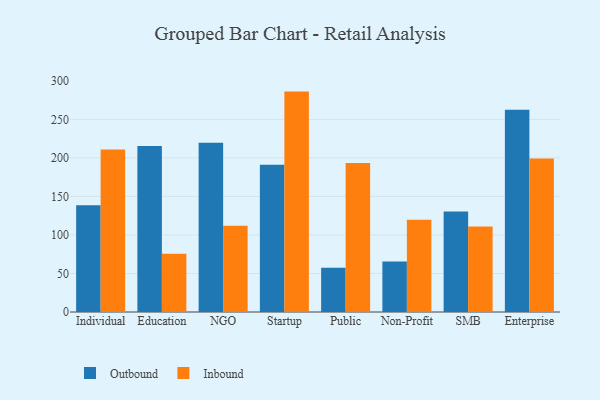
{"axis": {"x": "Segment", "y": "Humidity (%)"}, "legend": ["Inbound", "Outbound"], "data": [{"x": "Individual", "y": 138.5, "type": "Outbound"}, {"x": "Individual", "y": 210.9, "type": "Inbound"}, {"x": "Education", "y": 215.4, "type": "Outbound"}, {"x": "Education", "y": 75.6, "type": "Inbound"}, {"x": "NGO", "y": 219.6, "type": "Outbound"}, {"x": "NGO", "y": 111.9, "type": "Inbound"}, {"x": "Startup", "y": 191.3, "type": "Outbound"}, {"x": "Startup", "y": 286.1, "type": "Inbound"}, {"x": "Public", "y": 57.6, "type": "Outbound"}, {"x": "Public", "y": 193.3, "type": "Inbound"}, {"x": "Non-Profit", "y": 65.4, "type": "Outbound"}, {"x": "Non-Profit", "y": 119.8, "type": "Inbound"}, {"x": "SMB", "y": 130.5, "type": "Outbound"}, {"x": "SMB", "y": 111.1, "type": "Inbound"}, {"x": "Enterprise", "y": 262.6, "type": "Outbound"}, {"x": "Enterprise", "y": 199.1, "type": "Inbound"}]}